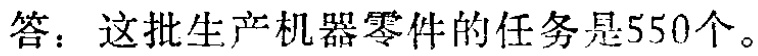
答：这批生产机器零件的任务是550个。